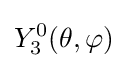
Y_{3}^{0}(\theta ,\varphi )